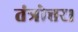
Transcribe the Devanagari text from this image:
तंत्रोत्तर।